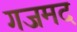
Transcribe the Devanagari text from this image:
गजमद